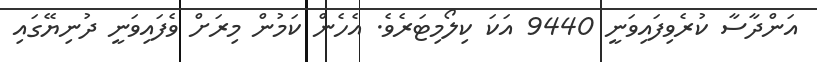
އަންދާސާ ކުރެވިފައިވަނީ 9440 އަކަ ކިލޯމިޓަރެވެ. އެހެން ކަމުން މިރަށް ވެފައިވަނީ ދުނިޔޭގައި